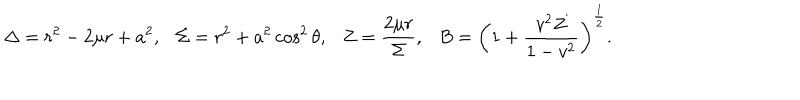
LaTeX: \Delta = r ^ { 2 } - 2 \mu r + a ^ { 2 } , \Sigma = r ^ { 2 } + a ^ { 2 } \cos ^ { 2 } \theta , Z = \frac { 2 \mu r } { \Sigma } , B = \left( 1 + \frac { v ^ { 2 } Z } { 1 - v ^ { 2 } } \right) ^ { \frac { 1 } { 2 } } .